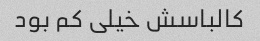
کالباسش خیلی کم بود